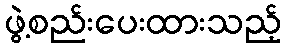
ဖွဲ့စည်းပေးထားသည့်